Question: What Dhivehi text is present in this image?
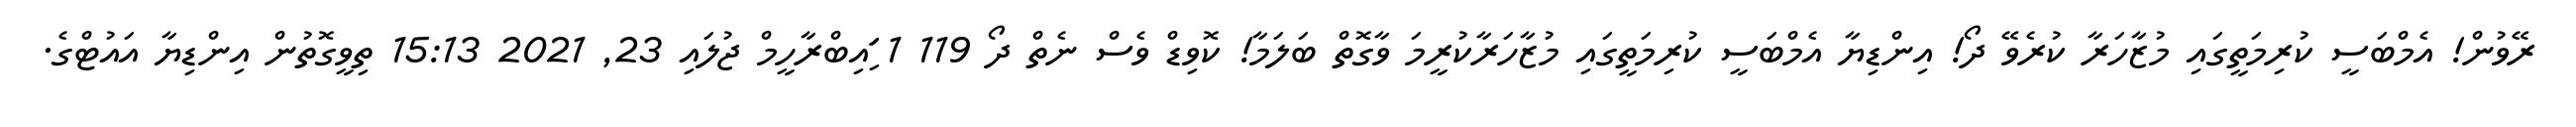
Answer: ރޭވުން! އެމްބަސީ ކުރިމަތީގައި މުޒާހަރާ ކުރެވޭ ދޯ! އިންޑިޔާ އެމްބަސީ ކުރިމަތީގައި މުޒާހަރާކުރީމަ ވާގޮތް ބަލަމާ! ކޮވިޑް ވެސް ނެތް ދޯ 119 1 ަިަަައިބްރާހީމް ޖުލައި 23, 2021 15:13 ތިވީގޮތުން އިންޑިޔާ އައުޓްގެ.